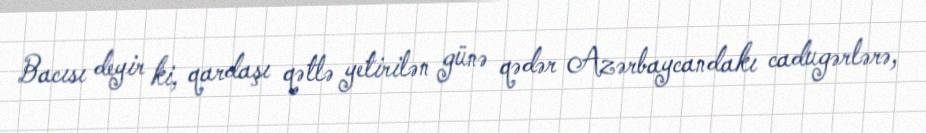
Bacısı deyir ki, qardaşı qətlə yetirilən günə qədər Azərbaycandakı cadugərlərə,